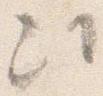
次